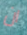
ان